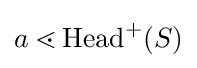
a\lessdot \mathrm {Head} ^{+}(S)